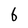
Character: 6